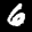
Label: 6